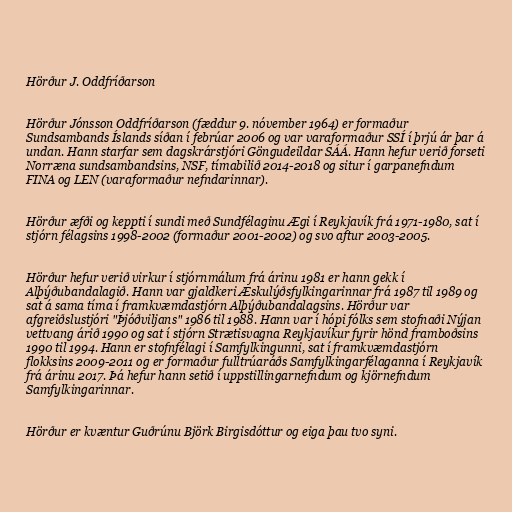
Hörður J. Oddfríðarson

Hörður Jónsson Oddfríðarson (fæddur 9. nóvember 1964) er formaður
Sundsambands Íslands síðan í febrúar 2006 og var varaformaður SSÍ í þrjú ár þar á
undan. Hann starfar sem dagskrárstjóri Göngudeildar SÁÁ. Hann hefur verið forseti
Norræna sundsambandsins, NSF, tímabilið 2014-2018 og situr í garpanefndum
FINA og LEN (varaformaður nefndarinnar).

Hörður æfði og keppti í sundi með Sundfélaginu Ægi í Reykjavík frá 1971-1980, sat í
stjórn félagsins 1998-2002 (formaður 2001-2002) og svo aftur 2003-2005.

Hörður hefur verið virkur í stjórnmálum frá árinu 1981 er hann gekk í
Alþýðubandalagið. Hann var gjaldkeri Æskulýðsfylkingarinnar frá 1987 til 1989 og
sat á sama tíma í framkvæmdastjórn Alþýðubandalagsins. Hörður var
afgreiðslustjóri "Þjóðviljans" 1986 til 1988. Hann var í hópi fólks sem stofnaði Nýjan
vettvang árið 1990 og sat í stjórn Strætisvagna Reykjavíkur fyrir hönd framboðsins
1990 til 1994. Hann er stofnfélagi í Samfylkingunni, sat í framkvæmdastjórn
flokksins 2009-2011 og er formaður fulltrúaráðs Samfylkingarfélaganna í Reykjavík
frá árinu 2017. Þá hefur hann setið í uppstillingarnefndum og kjörnefndum
Samfylkingarinnar.

Hörður er kvæntur Guðrúnu Björk Birgisdóttur og eiga þau tvo syni.